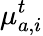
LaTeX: {\mu}_{a,i}^{t}